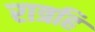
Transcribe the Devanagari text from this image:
रात्रहि